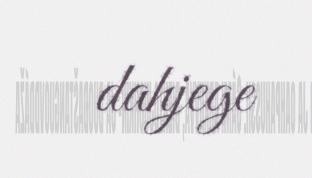
dahjege